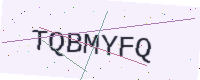
Text: TQBMYFQ